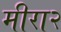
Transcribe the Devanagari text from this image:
मीरा२